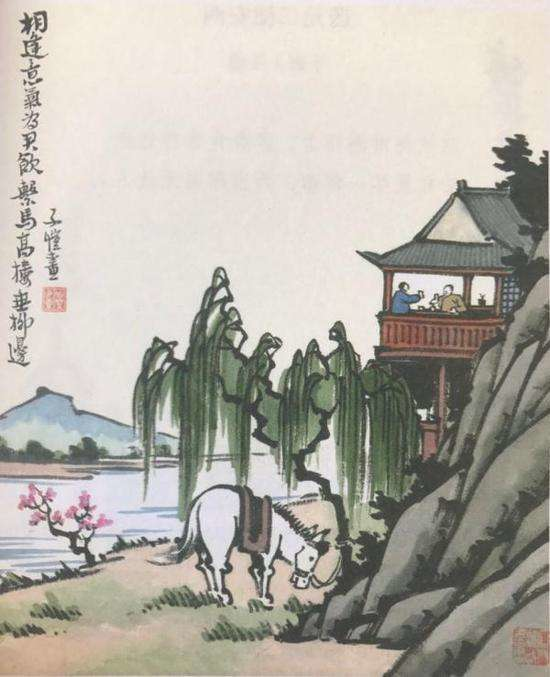
新丰美酒斗十千，咸阳游侠多少年。